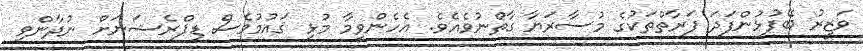
ވަޒީރު ބޭފުޅުންފަދަ ފަރާތްތަކުގެ މުސާރަޔާ ގާތްނުވެއެވެ. އެހެންވީމާ މުޅި ޤައުމުވެސް ޑިޕްރެޝަނަށް ނުދާންވި